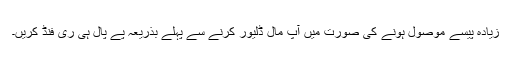
زیادہ پیسے موصول ہونے کی صورت میں آپ مال ڈلیور کرنے سے پہلے بذریعہ پے پال ہی ری فنڈ کریں۔